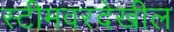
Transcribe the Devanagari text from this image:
स्टीमवरदेखील